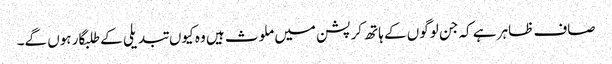
صاف ظاہر ہے کہ جن لوگوں کے ہاتھ کرپشن میں ملوث ہیں وہ کیوں تبدیلی کے طلبگار ہوں گے۔